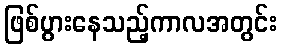
ဖြစ်ပွားနေသည့်ကာလအတွင်း